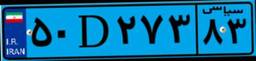
۳۰D۰۳۳۳۳